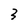
Character: 3